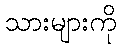
သားများကို